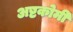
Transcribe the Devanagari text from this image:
अष्टकोमी